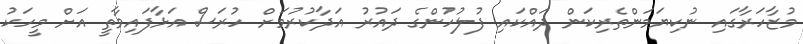
މުޒާހަރާގައި ނުކިޔަމަންތެރިކަން ދައްކައި ފުލުހުންގެ ދައުރު އަދާކުރުމަށް ހުރަސް އަޅާފައިވާތީ އަށް މީހަކު